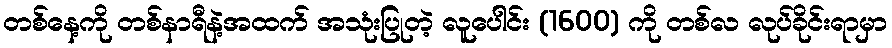
တစ်နေ့ကို တစ်နာရီနဲ့အထက် အသုံးပြုတဲ့ လူပေါင်း (1600) ကို တစ်လ လုပ်ခိုင်းရာမှာ